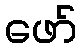
ဖော်